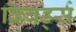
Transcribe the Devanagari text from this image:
किवर्ड्स